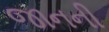
જાનની